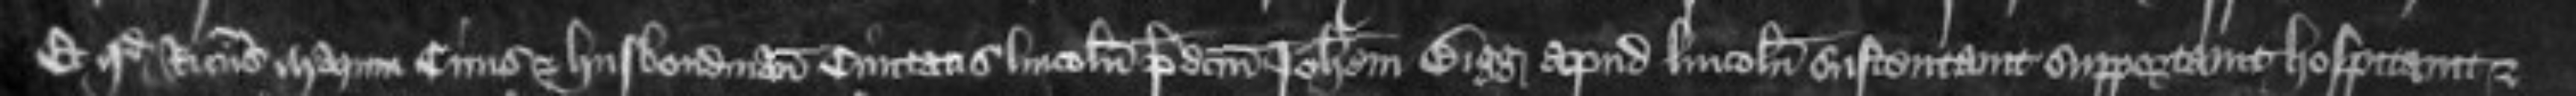
Et quod Ricardus Marum civis et husbondman civitatis Lincolnie predictum Johannem Bigg apud Lincolniam sustentavit supportavit hospitavit et